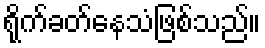
ရိုက်ခတ်နေသံဖြစ်သည်။